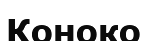
Коноко